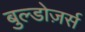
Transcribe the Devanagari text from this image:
बुल्डोज़र्स